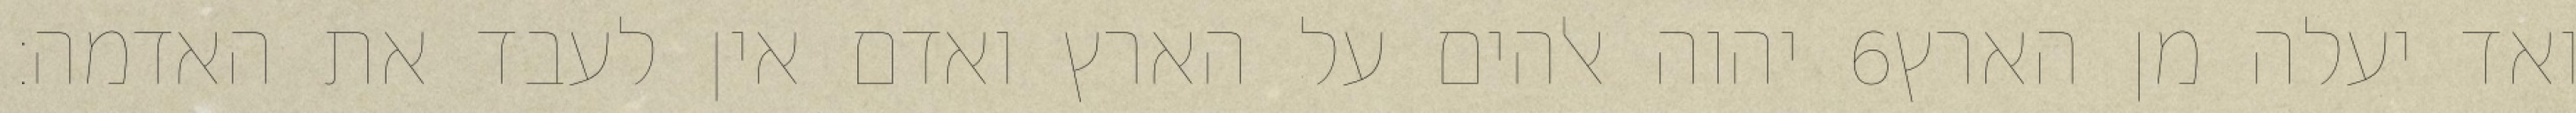
יהוה אלהים על הארץ ואדם אין לעבד את האדמה׃ ‎6‏ ואד יעלה מן הארץ